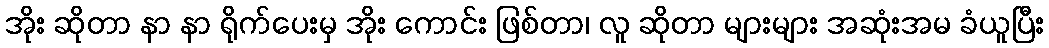
အိုး ဆိုတာ နာ နာ ရိုက်ပေးမှ အိုး ကောင်း ဖြစ်တာ၊ လူ ဆိုတာ များများ အဆုံးအမ ခံယူပြီး